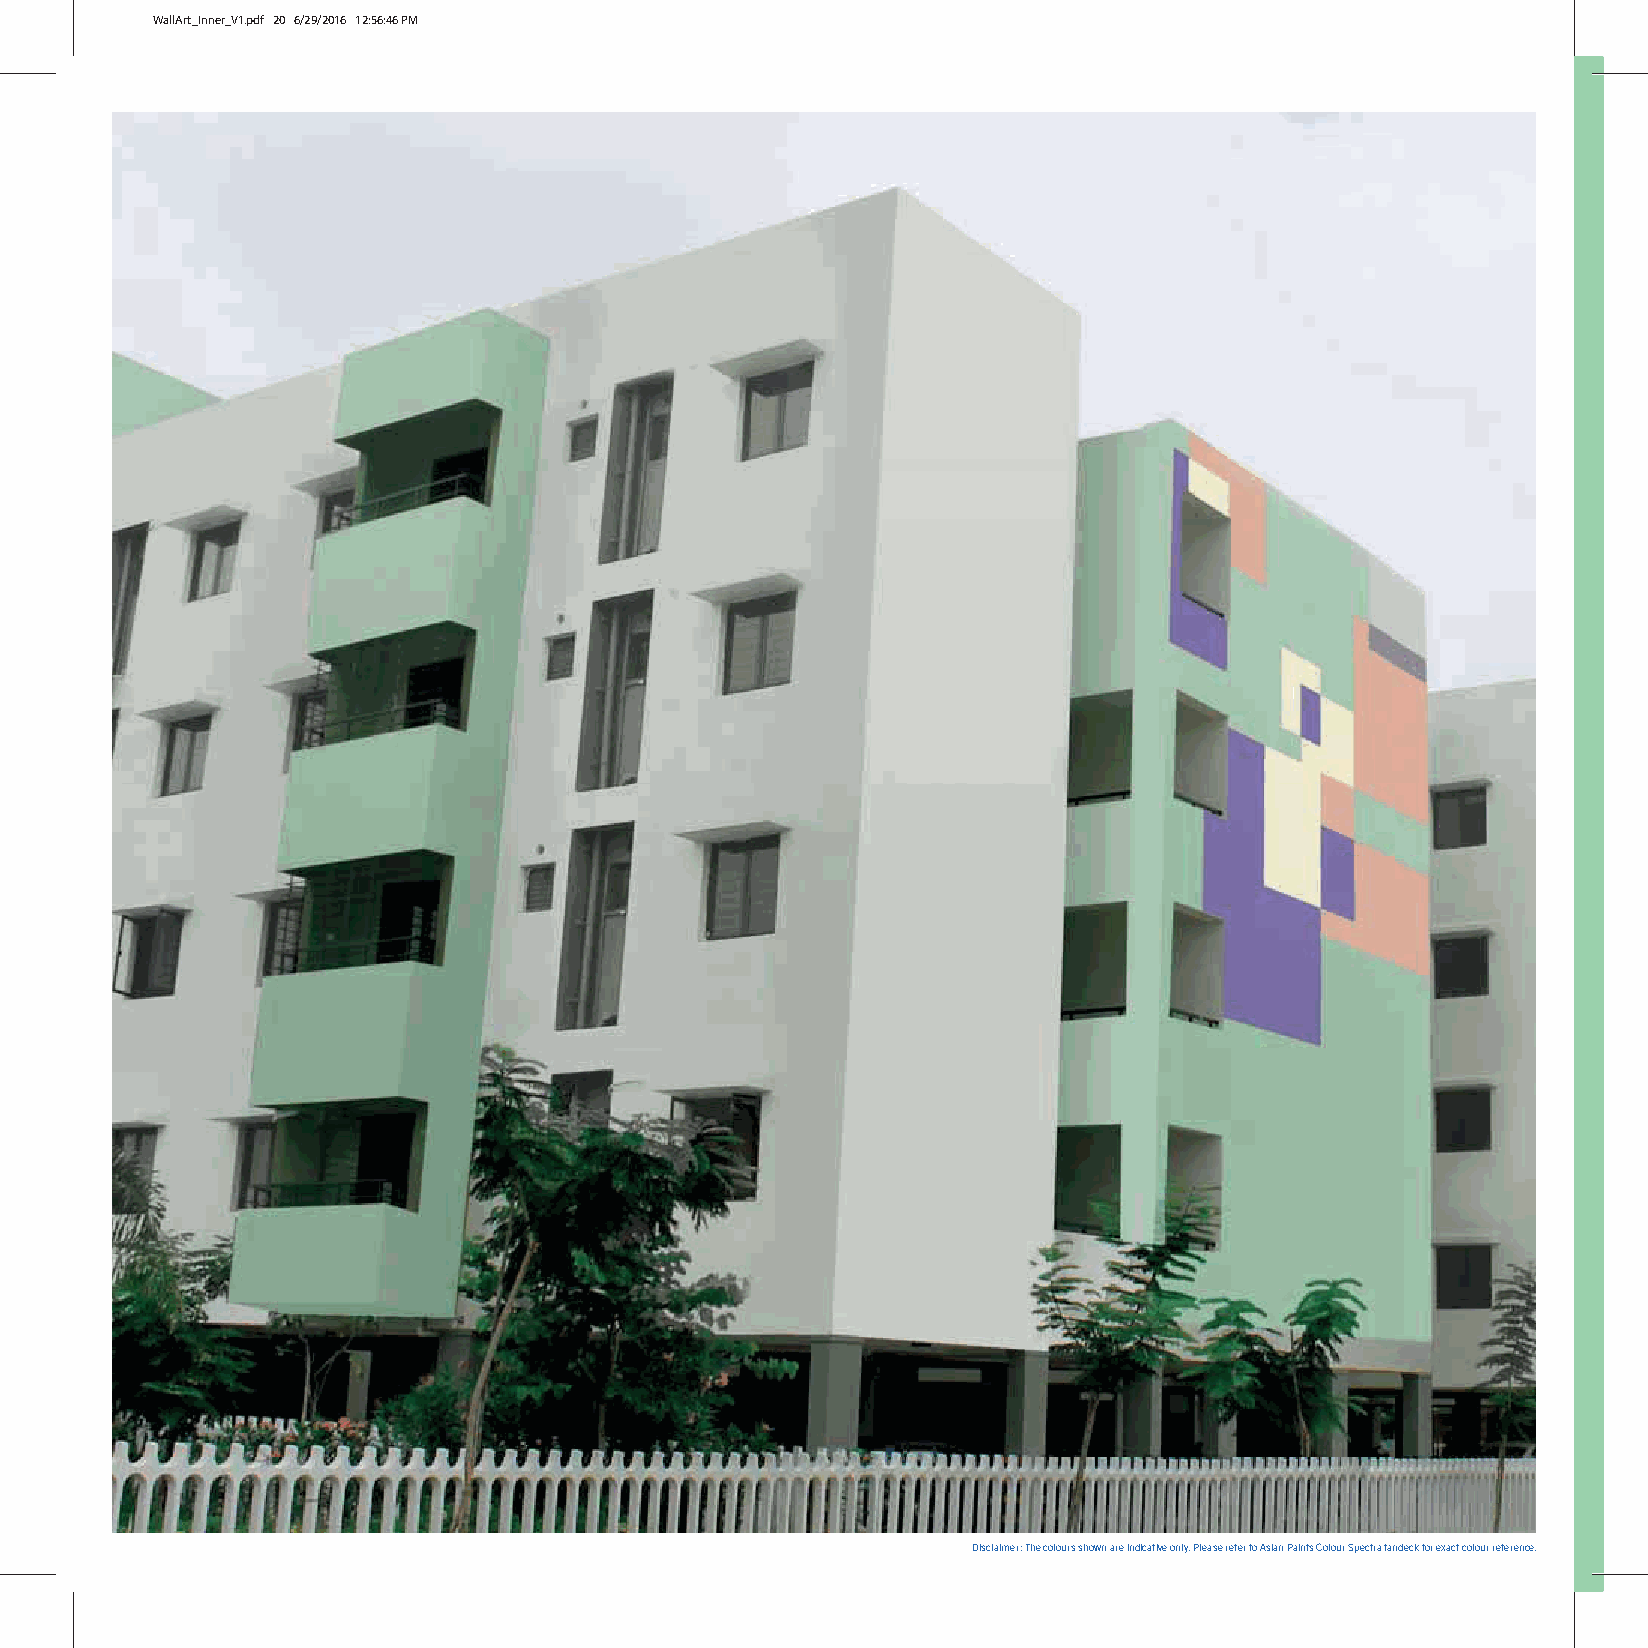
WallArt_Inner_V1.pdf 20 6/29/2016 12:56:46 PM
 Disclaimer: The colours shown are indicative only. Please refer to Asian Paints Colour Spectra fandeck for exact colour reference.